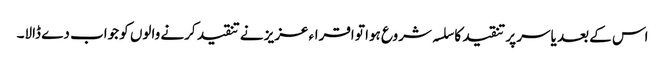
اس کے بعد یاسر پر تنقید کا سلسہ شروع ہوا تو اقراء عزیز نے تنقید کرنے والوں کو جواب دے ڈالا۔